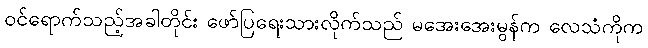
ဝင်ရောက်သည့်အခါတိုင်း ဖော်ပြရေးသားလိုက်သည် မအေးအေးမွန်က လေသံကိုက